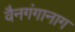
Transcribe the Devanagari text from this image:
वैनगंगानाग